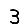
Digit: 3